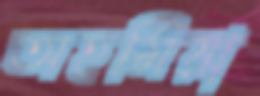
অহমিয়া